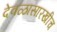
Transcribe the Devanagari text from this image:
देवळासारखीच